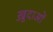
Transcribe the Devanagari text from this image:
ख़़ुदाओं